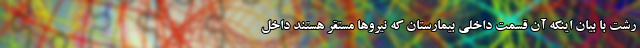
رشت با بیان اینکه آن قسمت داخلی بیمارستان که نیروها مستقر هستند داخل